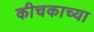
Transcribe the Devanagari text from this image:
कीचकाच्या